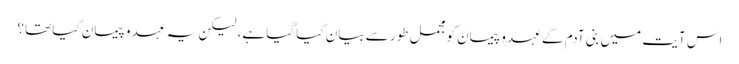
اس آیت میں بنی آدم کے عہد و پیمان کو مجمل طور سے بیان کیا گیا ہے، لیکن یہ عہد و پیمان کیا تھا؟